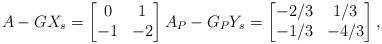
LaTeX: \begin{align*}A-GX_s = \begin{bmatrix}0 & 1\\ -1 & -2\end{bmatrix} A_P-G_PY_s = \begin{bmatrix}-2/3 & 1/3 \\ -1/3 & -4/3\end{bmatrix},\end{align*}